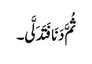
ثُمَّ دَنَا فَتَدَلَّی۔